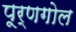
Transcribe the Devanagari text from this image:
पूर्णगोल